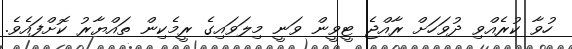
ހުވާ ކުރެއްވި ދުވަހަށް ރާއްޖެ ޓީވީން ވަނީ މިލަވައިގެ ރީމެކިން ތައްޔާރު ކޮށްފައެވެ.